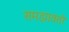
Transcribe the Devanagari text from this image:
समझावतो